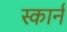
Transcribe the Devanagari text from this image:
स्कार्न